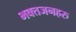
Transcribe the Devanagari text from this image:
भक्तजनहरु